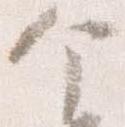
个